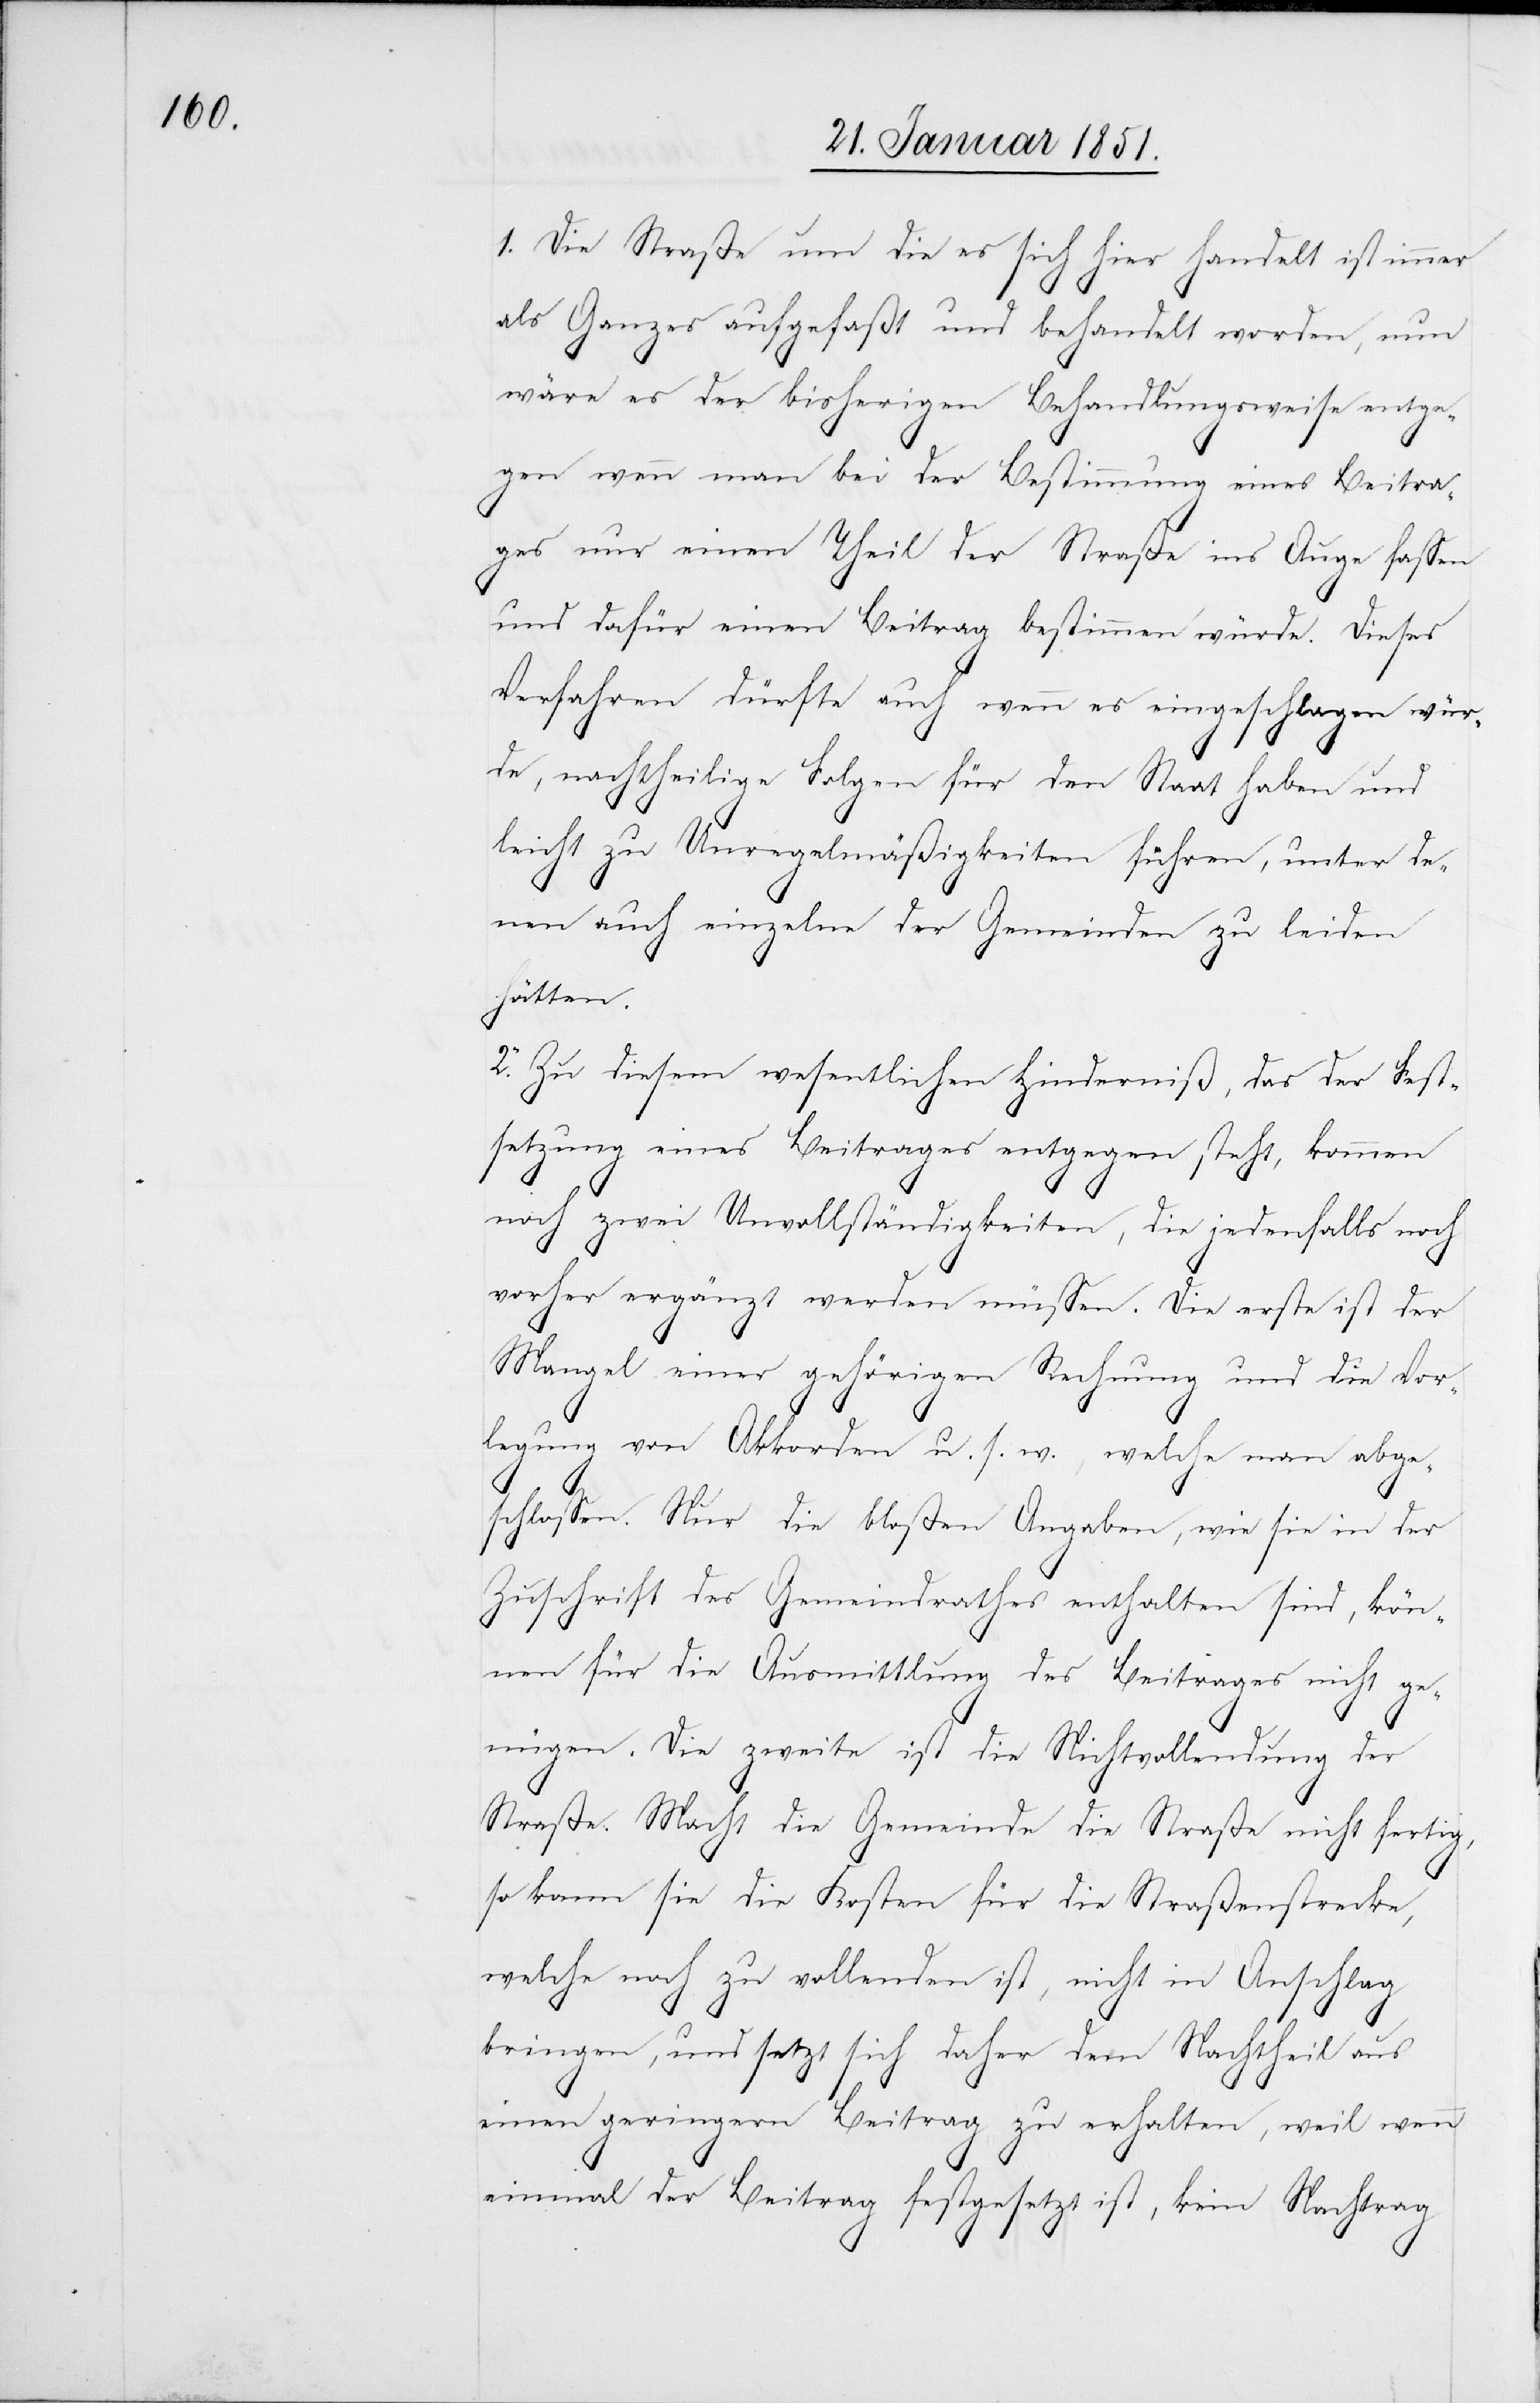
1. Die Straße um die es sich hier handelt ist immer
als Ganzes aufgefaßt und behandelt worden, nun
wäre es der bisherigen Behandlungsweise entge¬
gen wenn man bei der Bestimmung eines Beitra¬
ges nur einen Theil der Straße ins Auge fassen
und dafür einen Beitrag bestimmen würde. Dieses
Verfahren dürfte auch wenn es eingeschlagen wür¬
de, nachtheilige Folgen für den Staat haben und
leicht zu Unregelmäßigkeiten führen, unter de¬
nen auch einzelne der Gemeinden zu leiden
hätten.
2. Zu diesem wesentlichen Hinderniß, das der Fest¬
setzung eines Beitrages entgegen steht, kommen
noch zwei Unvollständigkeiten, die jedenfalls noch
vorher ergänzt werden müssen. Die erste ist der
Mangel einer gehörigen Rechnung und die Vor¬
legung von Akkorden u. s. w., welche man abge¬
schlossen. Nur die bloßen Angaben, wie sie in der
Zuschrift des Gemeindrathes enthalten sind, kön¬
nen für die Ausmittlung des Beitrages nicht ge¬
nügen. Die zweite ist die Nichtvollendung der
Straße. Macht die Gemeinde die Straße nicht fertig,
so kann sie die Kosten für die Straßenstrecke,
welche noch zu vollenden ist, nicht in Anschlag
bringen, und setzt sich daher dem Nachtheil aus
einen geringern Beitrag zu erhalten, weil wenn
einmal der Beitrag festgesetzt ist, kein Nachtrag